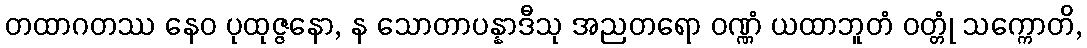
တထာဂတဿ နေဝ ပုထုဇ္ဇနော, န သောတာပန္နာဒီသု အညတရော ဝဏ္ဏံ ယထာဘူတံ ဝတ္တုံ သက္ကောတိ,